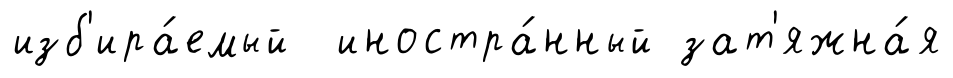
изб'ира́емый иностра́нный зат'яжна́я